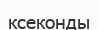
ксеконды